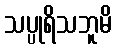
သပ္ပုရိသဘူမိ